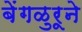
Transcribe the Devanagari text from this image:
बेंगळुरूने